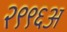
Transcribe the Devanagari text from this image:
२९९६अ